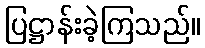
ပြဋ္ဌာန်းခဲ့ကြသည်။